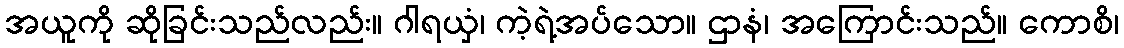
အယူကို ဆိုခြင်းသည်လည်း။ ဂါရယှံ၊ ကဲ့ရဲ့အပ်သော။ ဌာနံ၊ အကြောင်းသည်။ ကောစိ၊